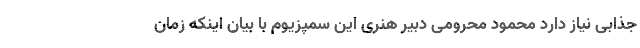
جذابی نیاز دارد محمود محرومی دبیر هنری این سمپزیوم با بیان اینکه زمان